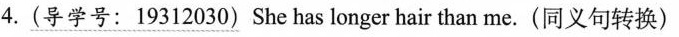
4.\underline{(导学号:19312030)}She has longer hair than me.(同义句转换)